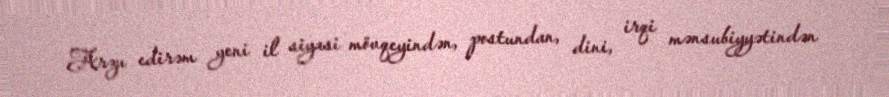
Arzu edirəm yeni il siyasi mövqeyindən, postundan, dini, irqi mənsubiyyətindən